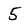
Character: 5